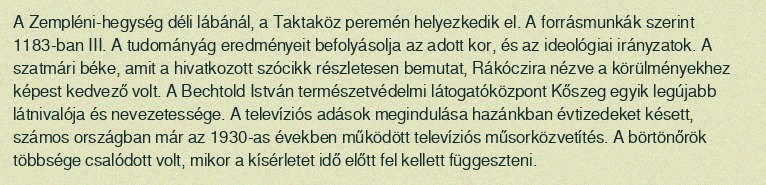
A Zempléni-hegység déli lábánál, a Taktaköz peremén helyezkedik el. A forrásmunkák szerint 1183-ban III. A tudományág eredményeit befolyásolja az adott kor, és az ideológiai irányzatok. A szatmári béke, amit a hivatkozott szócikk részletesen bemutat, Rákóczira nézve a körülményekhez képest kedvező volt. A Bechtold István természetvédelmi látogatóközpont Kőszeg egyik legújabb látnivalója és nevezetessége. A televíziós adások megindulása hazánkban évtizedeket késett, számos országban már az 1930-as években működött televíziós műsorközvetítés. A börtönőrök többsége csalódott volt, mikor a kísérletet idő előtt fel kellett függeszteni.